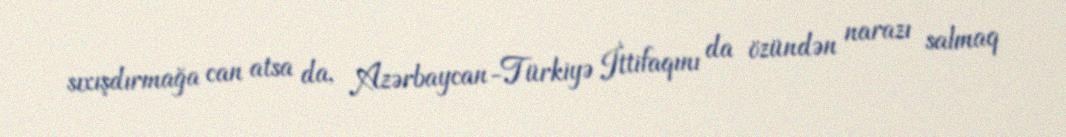
sıxışdırmağa can atsa da, Azərbaycan-Türkiyə İttifaqını da özündən narazı salmaq